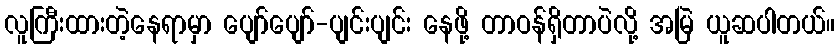
လူကြီးထားတဲ့နေရာမှာ ပျော်ပျော်-ပျင်းပျင်း နေဖို့ တာဝန်ရှိတာပဲလို့ အမြဲ ယူဆပါတယ်။